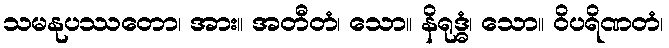
သမနုပဿတော၊ အား။ အတီတံ၊ သော။ နိရုဒ္ဓံ၊ သော။ ဝိပရိဏတံ၊